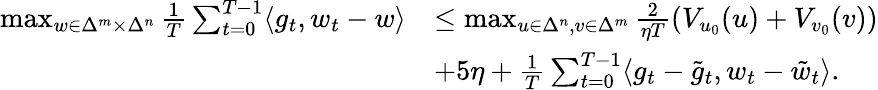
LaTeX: \begin{array}{rl}{\operatorname*{max}_{w\in\Delta^{m}\times\Delta^{n}}\frac{1}{T}\sum_{t=0}^{T-1}\langle g_{t},w_{t}-w\rangle}&{\le\operatorname*{max}_{u\in\Delta^{n},v\in\Delta^{m}}\frac{2}{\eta T}\left(V_{u_{0}}(u)+V_{v_{0}}(v)\right)}\\ &{+5\eta+\frac{1}{T}\sum_{t=0}^{T-1}\langle g_{t}-\tilde{g}_{t},w_{t}-\tilde{w}_{t}\rangle.}\end{array}